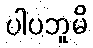
ပါပဘူမိ